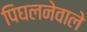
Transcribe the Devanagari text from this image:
पिघलनेवाले